Annual statistical returns and brief notes on vaccination in Bengal - 1896-1909
Year: 1896
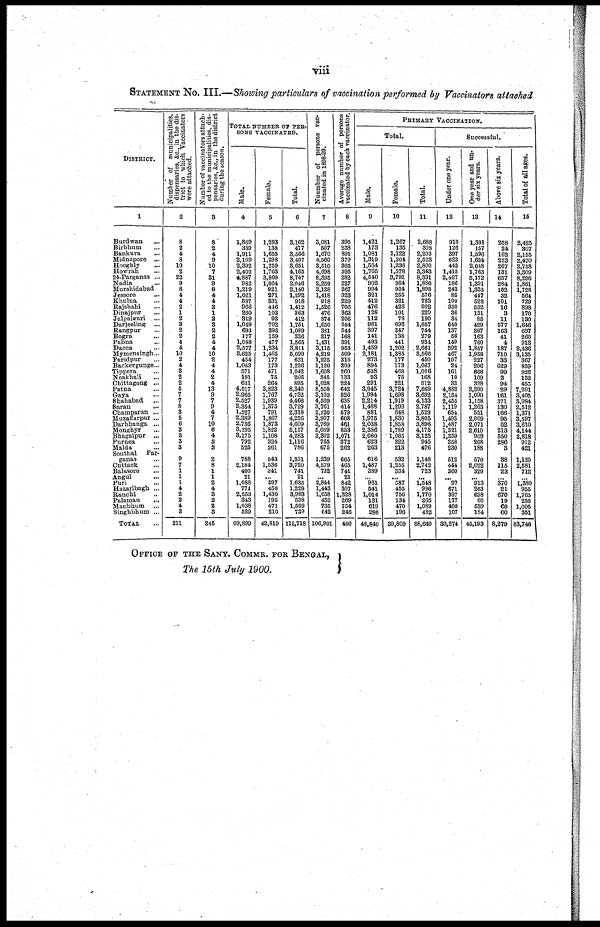
viii
STATEMENT No. III.—Showing particulars of vaccination performed by Vaccinators attached
DISTRICT.
1
Burdwan... ...
Birbhum... ...
Bankura... ...
Midnapore... ...
Hooghly... ...
Howrah... ...
24-Parganas... ...
Nadia... ...
Murshidabad... ...
Jessore... ...
Khulna... ...
Rajshahi... ...
Dinajpur... ...
Jalpaiguri... ...
Darjeeling... ...
Rangpur... ...
Bogra... ...
Pabna... ...
Dacca... ...
Mymensingh... ...
Faridpur... ...
Backergunge... ...
Tippera... ...
Noakhali... ...
Chittagong... ...
Patna... ...
Gaya... ...
Shahabad...
Saran...
...
Champaran... ...
Muzaffarpur... ...
Darbhanga... ...
Monghyr... ...
Bhagalpur... ...
Purnea... ...
Malda... ...
Sonthal Par-
ganas
Cuttack... ...
Balasore... ...
Angul... ...
Puri... ...
Hazaribagh... ...
Ranchi... ...
Palamau... ...
Manbhum... ...
Singhbhum... ...
TOTAL...
Number of municipalities,
dispensaries, &c, in the dis-
trict to which Vaccinators
were attached.
2
8
2
4
8
10
2
22
9
8
4
4
2
1
2
3
2
2
4
4
10
2
4
8
2
2
5
7
7
8
8
5
6
3
3
3
3
9
7
1
1
1
4
2
2
4
3
211
Number of vaccinators attach-
ed to the municipalities, dis-
pensaries, &c, in the district
during the season.
3
8
2
4
9
10
7
31
9
8
4
4
2
1
2
3
2
2
4
4
10
2
4
4
2
4
13
9
7
9
4
7
10
6
4
3
3
2
8
1
1
2
4
3
2
2
3
245
TOTAL NUMBER OF PER-
SONS VACCINATED.
Male.
4
1,869
339
1,911
2,109
2,392
2,402
4,887
982
1,219
1,021
587
966
260
319
1,049
693
177
1,088
2,577
3,625
454
1,063
571
191
631
4,517
2,965
2,527
2,354
1,527
2,339
2,736
3,295
3,175
792
625
788
2,184
400
21
1,088
771
2,553
343
1,038
529
69,899
Female.
5
1,293
138
1,655
1,298
1,259
1,763
3,860
1,064
921
271
331
446
103
93
702
396
159
477
1,234
1,465
177
173
471
75
264
3,823
1,767
1,939
1,375
791
1,867
1,873
1,822
1,108
324
261
543
1,536
341
... 597
458
1,430
195
471
210
42,819
Total.
6
3,162
477
3,566
3,407
3,651
4,165
8,747
2,046
2,140
1,292
918
1,412
363
412
1,751
1,089
336
1,565
3,811
5,090
631
1,236
1,042
266
895
8,340
4,732
4,466
3,729
2,318
4,256
4,609
5,117
4,283
1,116
786
1,331
3,720
741
21
1,685
1,229
3,983
538
1,509
739
112,718
Nuumber of persons vac-
cinated in 1898-99.
7
3,081
507
1,670
4,560
3,510
4,698
8,395
2,259
3,128
1,418
918
1,526
476
374
1,650
381
317
1,431
3,115
4,219
1,225
1,120
1,608
345
1,028
8,508
3,103
4,569
3,761
2,220
3,907
3,769
5,039
3,302
765
675
1,239
4,579
732
...
2,844
1,443
1,658
452
735
642
106,901
Average number of persons
vaccinated by each vaccinator.
8
395
238
891
379
365
595
282
227
267
323
229
706
363
206
584
544
168
391
953
509
315
309
260
138
224
642
526
638
414
579
608
461
853
1,071
372
262
665
465
741
21
842
307
1,328
269
754
246
460
PRIMARY VACCINATION.
Total.
Male.
9
1,421
173
1,081
1,319
1,564
1,765
4,540
902
994
321
412
476
128
112
961
397
141
493
1,459
2,181
273
894
538
93
291
3,945
1,994
2,214
1,488
881
1,975
2,038
2,386
2,060
623
263
616
1,487
389
... 961
541
1,014
131
619
286
48,840
Female.
10
1,267
135
1,122
1,204
1,236
1,578
3,791
984
904
255
321
426
101
78
696
347
138
441
1,202
1,385
177
173
468
75
221
3,724
1,698
1,919
1,299
648
1,830
1,858
1,789
1,065
322
213
532
1,255
334
... 587
455
756
134
470
196
39,809
Total.
11
2,688
308
2,203
2,523
2,800
3,343
8,331
1,886
1,898
576
733
902
229
190
1,657
744
279
934
2,661
3,566
450
1,067
1,006
168
512
7,669
3,692
4,133
2,787
1,529
3,805
3,896
4,175
3,125
945
476
1,148
2,742
723
...
1,548
996
1,770
265
1,089
482
88,649
Successful.
Under one year.
12
916
126
397
623
443
1,415
2,467
186
243
85
100
350
36
34
640
137
56
149
392
467
107
24
161
10
33
4,882
2,154
2,455
1,119
654
1,493
1,487
1,321
1,359
358
230
512
444
360
... 97
671
397
177
400
107
30,274
One year and un-
der six years.
13
1,301
157
1,596
1,624
2,048
1,763
5,172
1,391
1,333
447
528
532
131
85
429
397
163
760
1,857
1,958
227
206
666
109
328
2,290
1,090
1,158
1,263
551
2,009
2,071
2,610
909
268
188
570
2,022
329
... 913
263
698
60
539
184
45,193
Above six years.
14
208
24
162
223
267
131
657
284
152
32
101
16
3
11
577
163
41
4
187
710
33
629
99
3
94
29
161
371
130
166
95
52
213
550
286
3
38
115
23
...
370
21
670
19
66
60
8,279
Total of all ages.
15
2,425
307
2,155
2,470
2,758
3,309
8,296
1,861
1,728
564
729
898
170
130
1,646
697
260
913
2,436
3,135
367
859
926
152
455
7,201
3,405
3,984
2,512
1,371
3,597
3,610
4,144
2,818
912
421
1,120
2,581
712
...
1,380
955
1,765
256
1,005
351
83,746
OFFICE OF THE SANY. COMMR. FOR BENGAL,
The 15th July 1900.